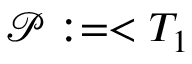
\mathcal { P } : = < T _ { 1 }